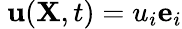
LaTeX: \ \mathbf{u}(\mathbf{X},t)=u_{i}\mathbf{e}_{i}